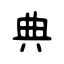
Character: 典